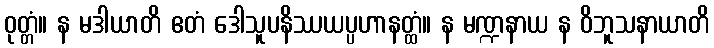
ဝုတ္တံ။ န မဒါယာတိ ဧတံ ဒေါသူပနိဿယပ္ပဟာနတ္ထံ။ န မဏ္ဍနာယ န ဝိဘူသနာယာတိ